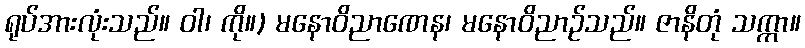
ရုပ်အားလုံးသည်။ ဝါ၊ ကို။) မနောဝိညာဏေန၊ မနောဝိညာဉ်သည်။ ဇာနိတုံ သက္ကာ။